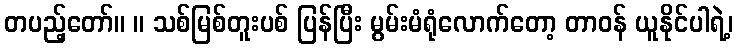
တပည့်တော်။ ။ သစ်မြစ်တူးပစ် ပြန်ပြီး မွမ်းမံရုံလောက်တော့ တာဝန် ယူနိုင်ပါရဲ့၊